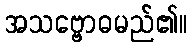
အသဗ္ဗောဓမည်၏။